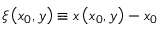
\xi \left( x _ { 0 } , y \right) \equiv x \left( x _ { 0 } , y \right) - x _ { 0 }